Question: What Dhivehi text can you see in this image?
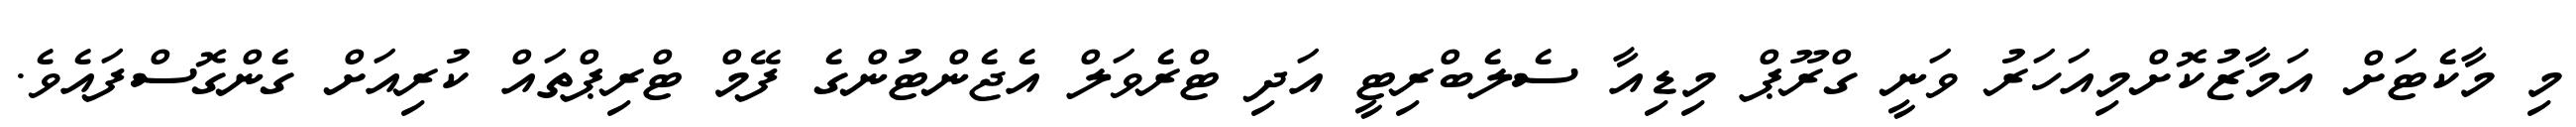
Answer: މި މާކެޓަށް އަމާޒުކޮށްމިއަހަރު ވަނީ ގްރޫޕް މިޑިއާ ސެލެބްރިޓީ އަދި ޓްރެވަލް އެޖެންޓުންގެ ފޭމް ޓްރިޕްތައް ކުރިއަށް ގެންގޮސްފައެވެ.